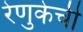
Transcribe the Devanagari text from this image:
रेणुकेची